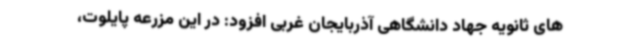
های ثانویه جهاد دانشگاهی آذربایجان غربی افزود: در این مزرعه پایلوت،